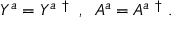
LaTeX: Y ^ { a } = Y ^ { a ~ \dagger } \; \; , \; \; A ^ { a } = A ^ { a ~ \dagger } \; .